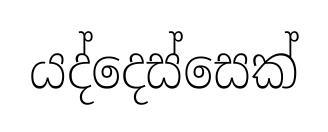
යද්දෙස්සෙක්